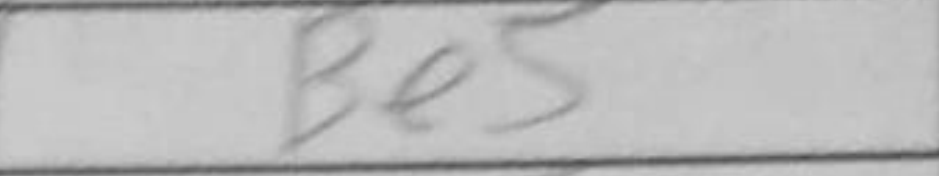
Transcription: Be5